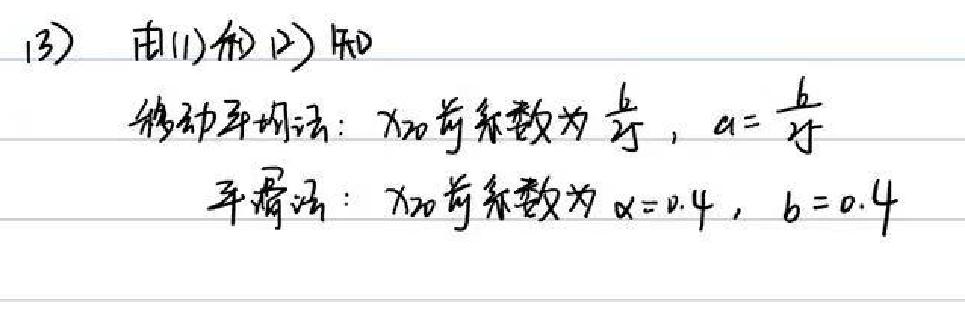
(3) 由(1)和(2)知
移动平均法：$x_{20}$前系数为$\frac{b}{2}$，$a = \frac{b}{2}$
平滑法：$x_{20}$前系数为$\alpha = 0.4$，$b = 0.4$